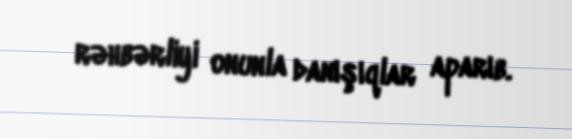
rəhbərliyi onunla danışıqlar aparıb.